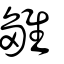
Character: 雛